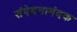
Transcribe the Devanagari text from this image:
संवेदनामंदक